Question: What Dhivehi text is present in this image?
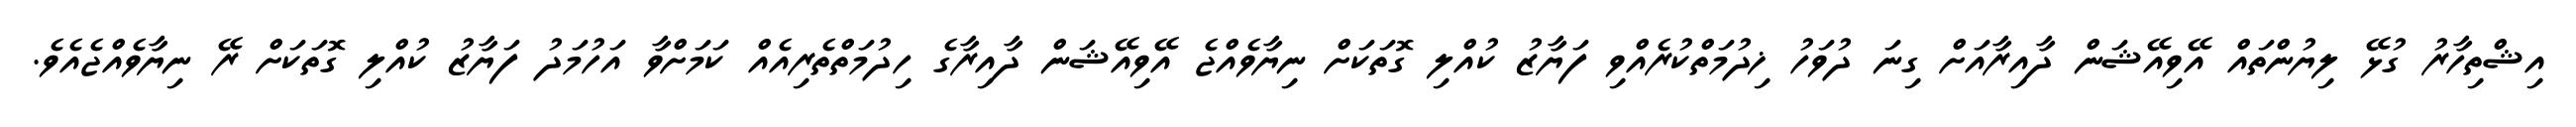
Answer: އިޝްތިހާރު ގުޅޭ ލިޔުންތައް އޭވިއޭޝަން ދާއިރާއަށް ގިނަ ދުވަހު ޚިދުމަތްކުރެއްވި ފަޔާޒު ކުއްލި ގޮތަކަށް ނިޔާވެއްޖެ އޭވިއޭޝަން ދާއިރާގެ ހިދުމަތްތެރިއެއް ކަމަށްވާ އަހުމަދު ފަޔާޒު ކުއްލި ގޮތަކަށް ރޭ ނިޔާވެއްޖެއެވެ.